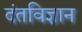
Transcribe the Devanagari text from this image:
दंतविज्ञान